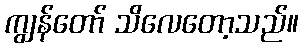
ကျွန်တော် သိလေတော့သည်။